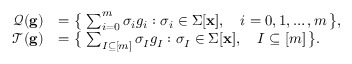
\begin{array} { r l } { \mathcal { Q } ( \mathbf { g } ) } & { = \big \{ \, \sum _ { i = 0 } ^ { m } \sigma _ { i } g _ { i } : \sigma _ { i } \in \Sigma [ \mathbf { x } ] , \quad i = 0 , 1 , \ldots , m \, \big \} , } \\ { \mathcal { T } ( \mathbf { g } ) } & { = \big \{ \, \sum _ { I \subseteq [ m ] } \sigma _ { I } g _ { I } : \sigma _ { I } \in \Sigma [ \mathbf { x } ] , \quad I \subseteq [ m ] \, \big \} . } \end{array}